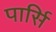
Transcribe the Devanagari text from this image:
पार्सि